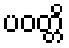
ပဝတ္တိ